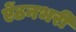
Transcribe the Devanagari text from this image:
ऐंठनभरी